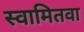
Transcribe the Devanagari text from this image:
स्वामितवा